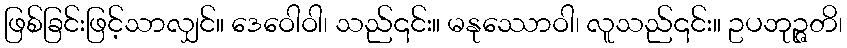
ဖြစ်ခြင်းဖြင့်သာလျှင်။ ဒေဝေါဝါ၊ သည်၎င်း။ မနုဿောဝါ၊ လူသည်၎င်း။ ဥပဘုဉ္ဇတိ၊